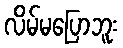
လိမ်မပြောဘူး